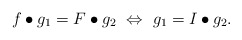
\begin{align*} f\bullet g_1=F\bullet g_2~\Leftrightarrow~g_1=I\bullet g_2.\end{align*}